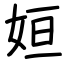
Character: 姮